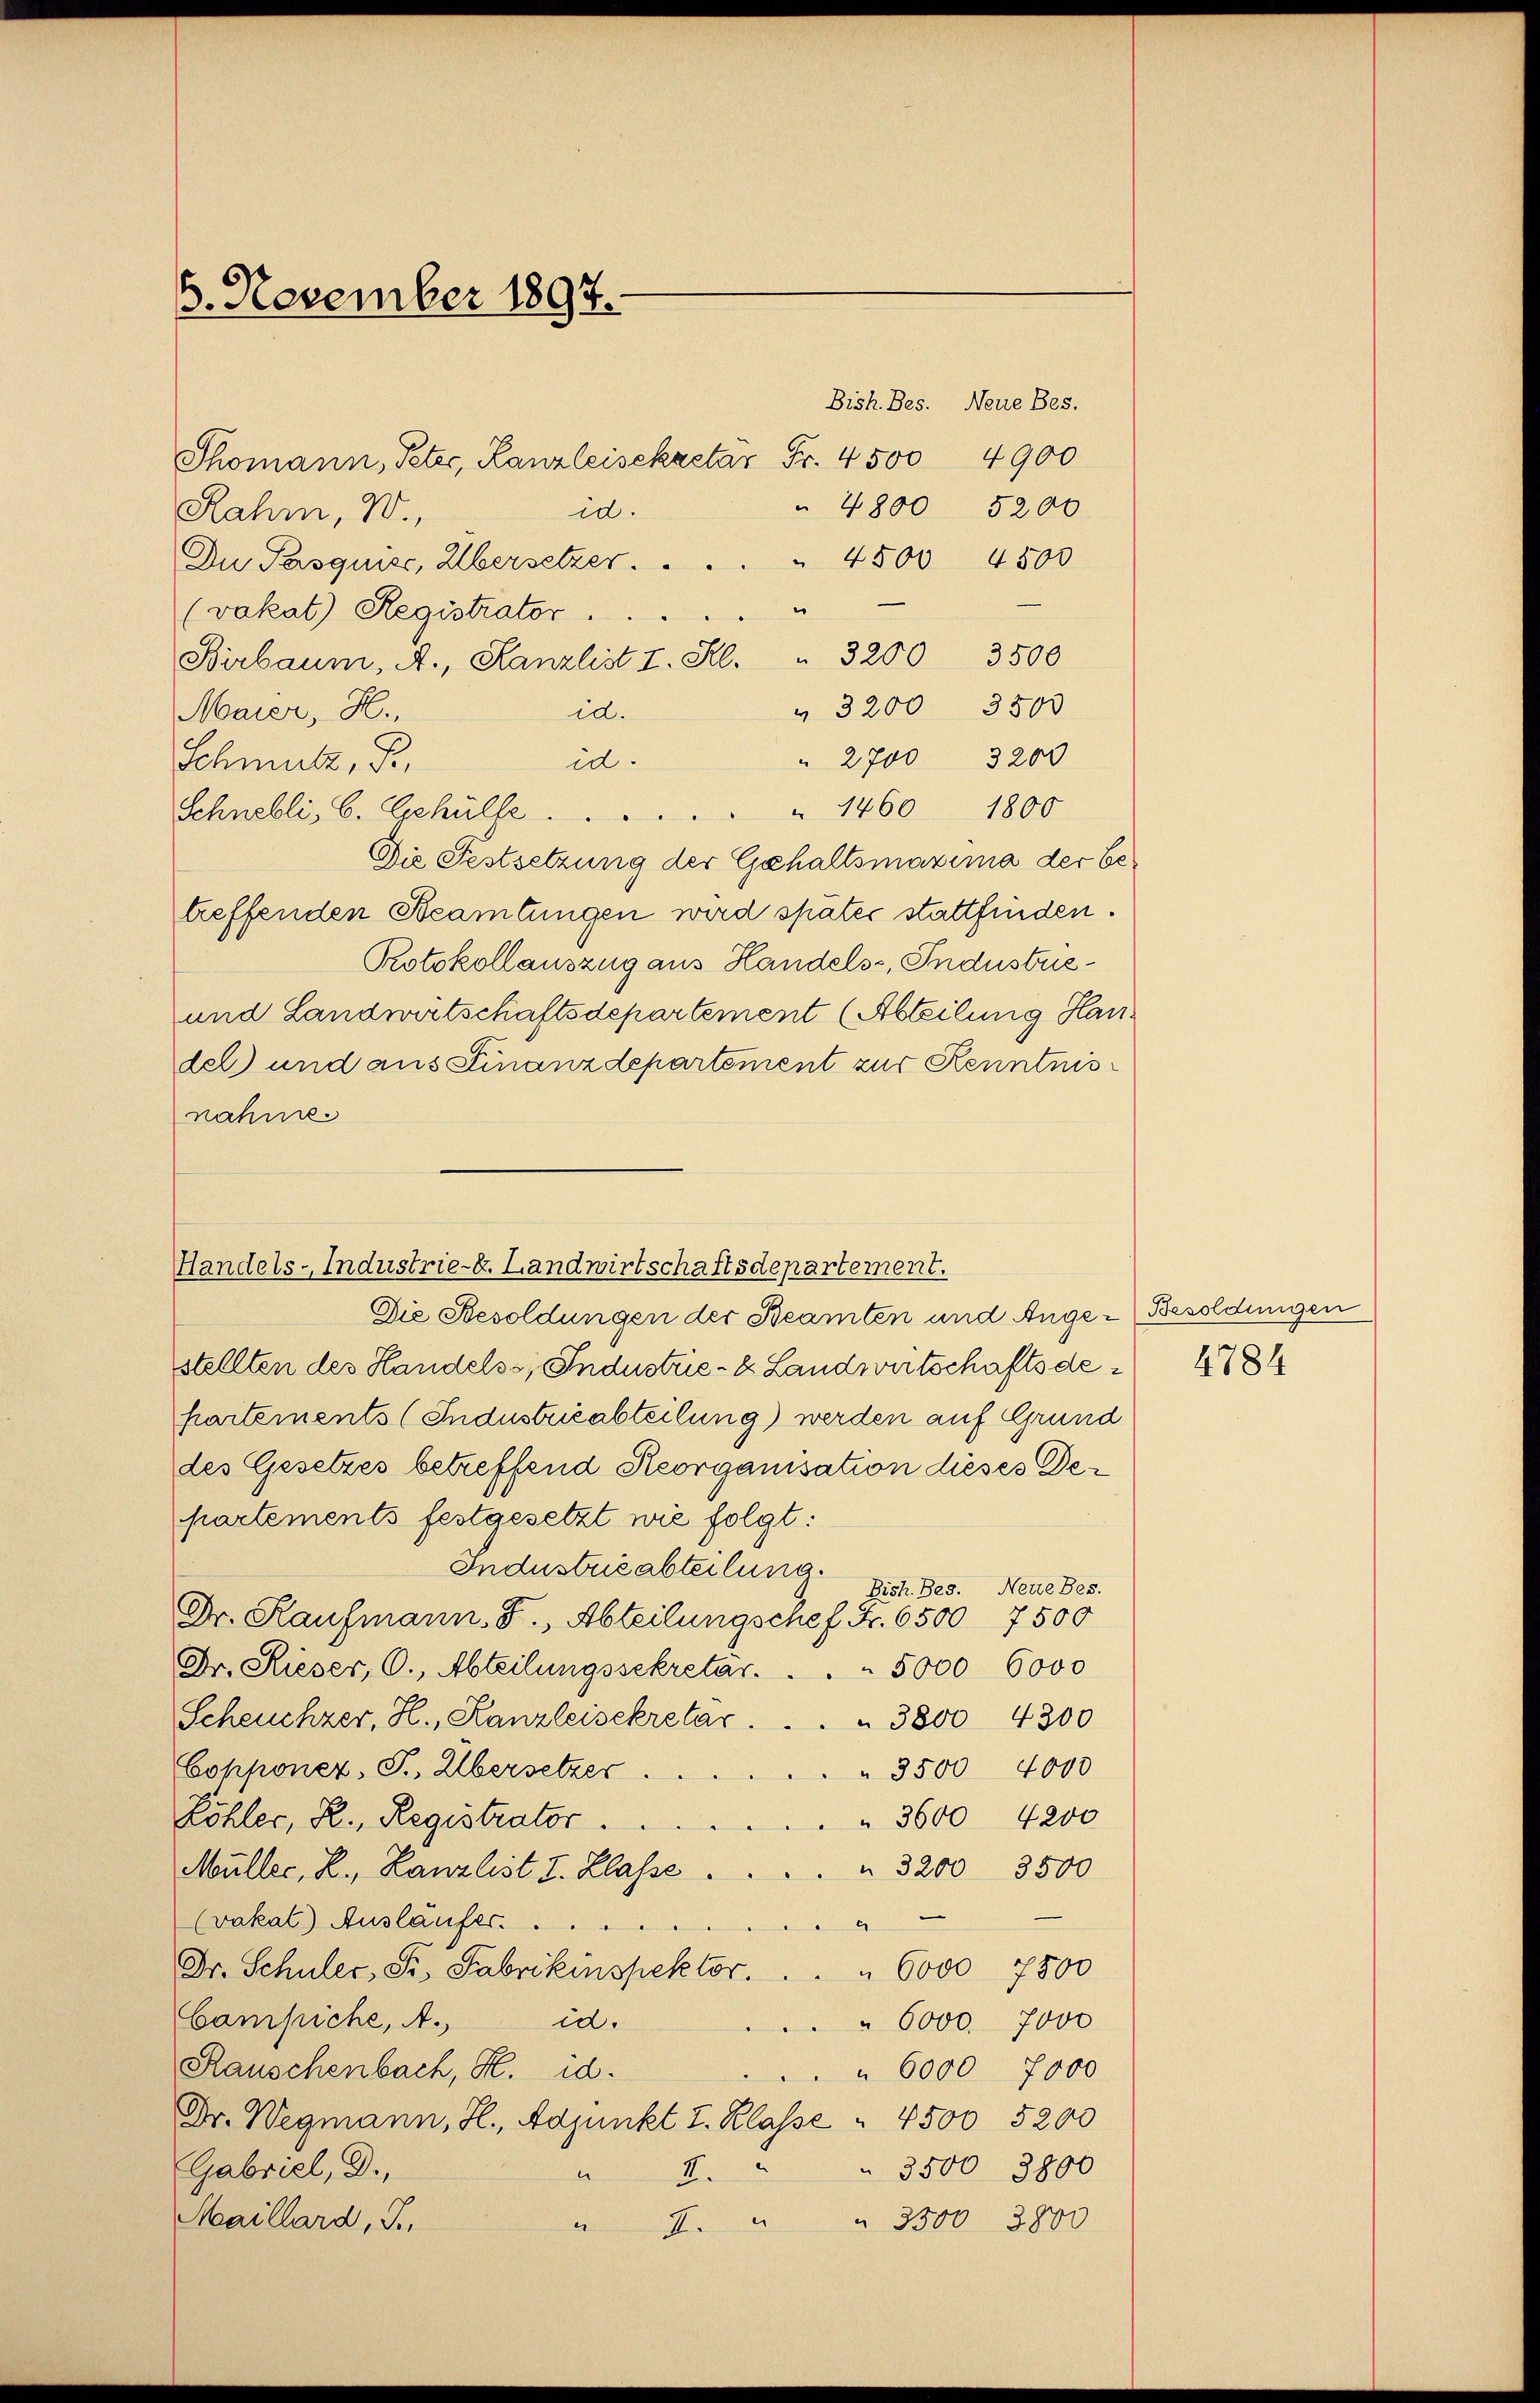
6. November 1897.

Thomann, Peter, Kanzleisekretar Fr. 4500
 4800
id.
Rahm, 90
Du Pasquise, Übersetzer.
(vakat) Registrator ...
Birbaum, A., Kanzlist   "  3200 3500
" 3200 3500
Maier, H.,
id.
" 2700 3200
id.
Schmutz, P.
Schnebli, C. Gehülle 1460 1800
Die Festsetzung der Gehaltsmaxima der betreffenden Beamtungen wird später stattfinden.
Protokollauszug aus Handels-, Industrie¬
und Landwirtschaftsdepartement (Abteilung Han
del und aus Finanzdepartement zur Kenntnis
nahme.
Die Besoldungen der Beamten und Ange-Besoldungen
stellten des Handels, Industrie- & Landwirtschaftsdehartements (Industrieabteilung) werden auf Grund
des Gesetzes betreffend Reorganisation dieses Departements festgesetzt wie folgt:
Industrieabteilung.
Bish. Bes. Neue Bes.
Dr. Kaufmann. F., Abteilungschef Fr. 6500. 7500
Dr. Rieser, C., Abteilungssekretar. . . . 5000 6000
Scheuchzer, H., Kanzleisekretär . . . . 3800 4300
Copponez, P. Übersetzer
 3500 4000
 3600 4200
Köhler, R., Registrator.
Müller, L. Kanzlist I. Klasse . . . . . 3200 3500
(vakal) Ausläufer.
c
Dr. Schuler, Pr. Fabrikinspektor.
 6000 7500
Campiche, A.,
id.
6000. 7000
Rauschenbach, H. d.
" 6000 7000
Dr. Wegmann, H., Adjunkt I. Klasse " 4500 5200
 3500 3800
Gabriel, D.,
5
Meaillard, T.,
 3500 3800
a

Handels-Industrie-E. Landwirtschaftsdepartement.

Bish Bes. Neue Bes.
4900
5200

4500 4500

4784